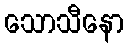
သောသီနော